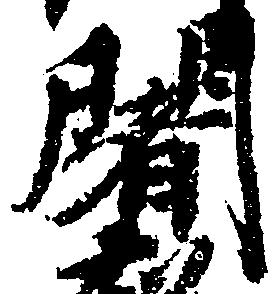
闍